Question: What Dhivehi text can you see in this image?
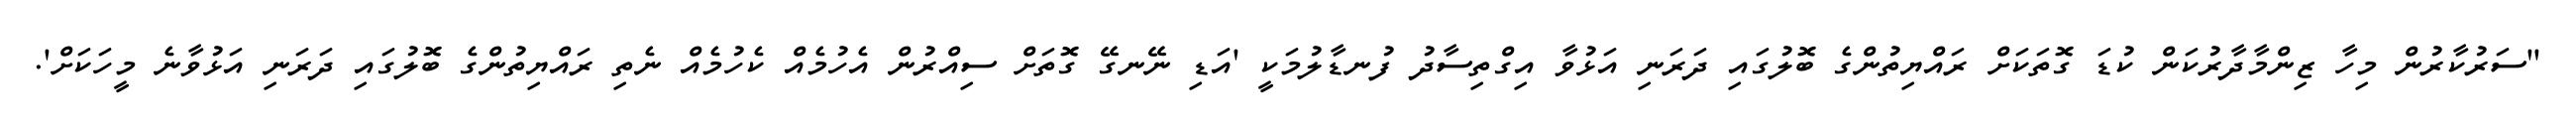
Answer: "ސަރުކާރުން މިހާ ޒިންމާދާރުކަން ކުޑަ ގޮތަކަށް ރައްޔިތުންގެ ބޮލުގައި ދަރަނި އަޅުވާ އިގްތިސާދު ފުނޑާލުމަކީ 'އަޑި ނޭނގޭ ގޮތަށް ސިއްރުން އެހުމެއް ކެހުމެއް ނެތި ރައްޔިތުންގެ ބޮލުގައި ދަރަނި އަޅުވާނެ މީހަކަށް'.